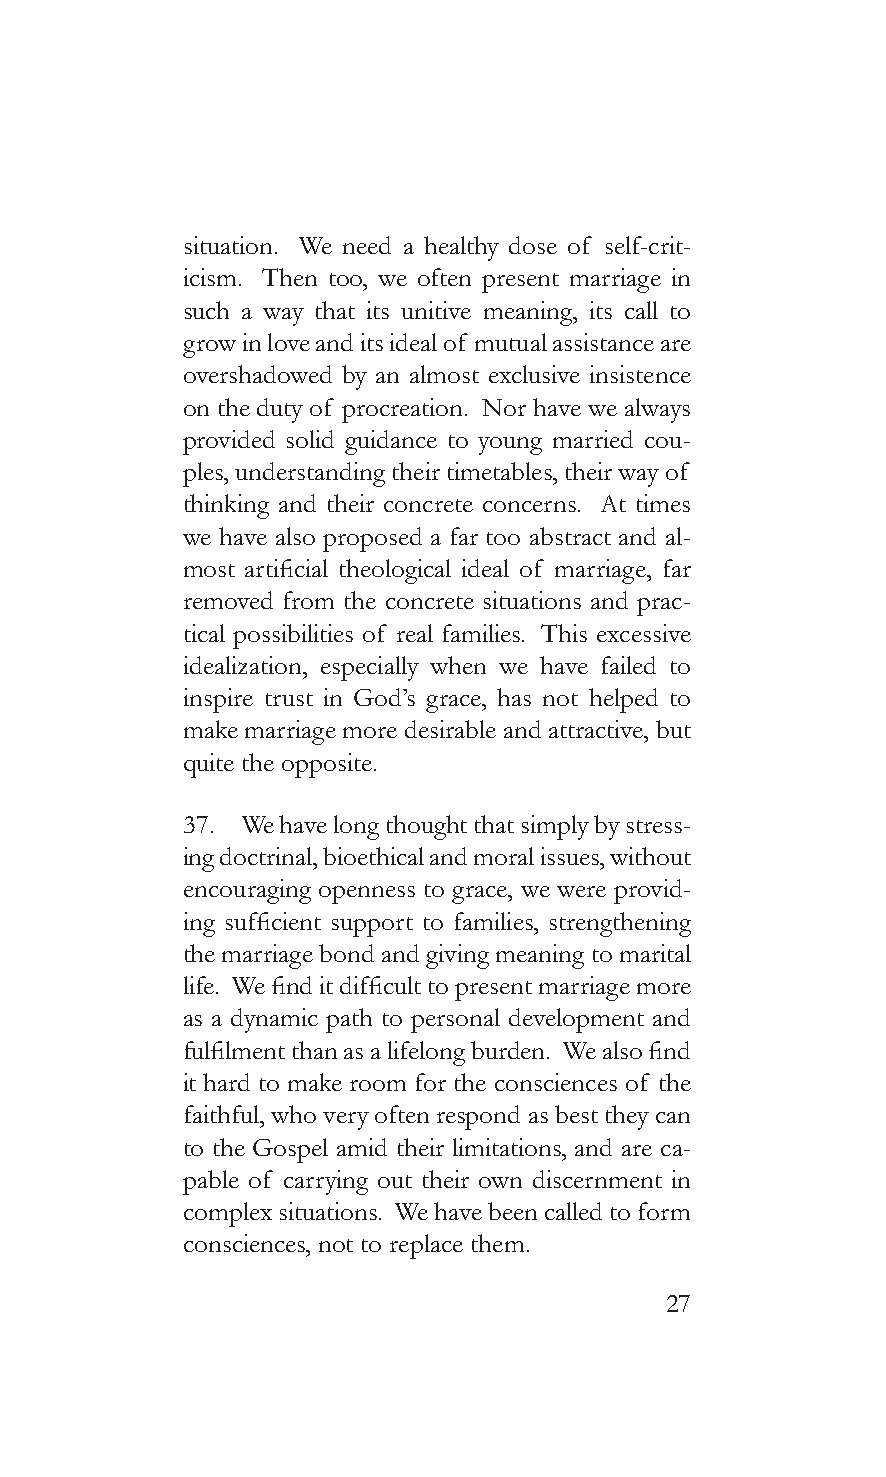
situation. We need a healthy dose of self-crit-
 icism. Then too, we often present marriage in
 such a way that its unitive meaning, its call to
 grow in love and its ideal of mutual assistance are
 overshadowed by an almost exclusive insistence
 on the duty of procreation. Nor have we always
 provided solid guidance to young married cou-
 ples, understanding their timetables, their way of
 thinking and their concrete concerns. At times
 we have also proposed a far too abstract and al-
 most artificial theological ideal of marriage, far
 removed from the concrete situations and prac-
 tical possibilities of real families. This excessive
 idealization, especially when we have failed to
 inspire trust in God’s grace, has not helped to
 make marriage more desirable and attractive, but
 quite the opposite.
 37. We have long thought that simply by stress-
 ing doctrinal, bioethical and moral issues, without
 encouraging openness to grace, we were provid-
 ing sufficient support to families, strengthening
 the marriage bond and giving meaning to marital
 life. We find it difficult to present marriage more
 as a dynamic path to personal development and
 fulfilment than as a lifelong burden. We also find
 it hard to make room for the consciences of the
 faithful, who very often respond as best they can
 to the Gospel amid their limitations, and are ca-
 pable of carrying out their own discernment in
 complex situations. We have been called to form
 consciences, not to replace them.
 27